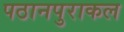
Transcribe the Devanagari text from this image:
पठानपुराकल